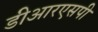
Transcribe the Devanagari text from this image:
डीआरएसपी